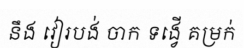
នឹង វៀរបង់ ចាក ទង្វើ គម្រក់